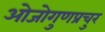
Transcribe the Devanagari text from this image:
ओजोगुणप्रचुर